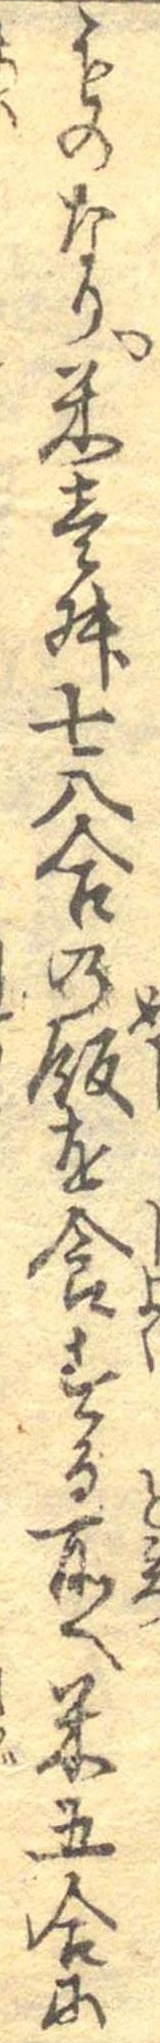
ものなり米壱舛七八合の飯を食する所へ米五合に